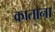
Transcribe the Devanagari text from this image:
काताना